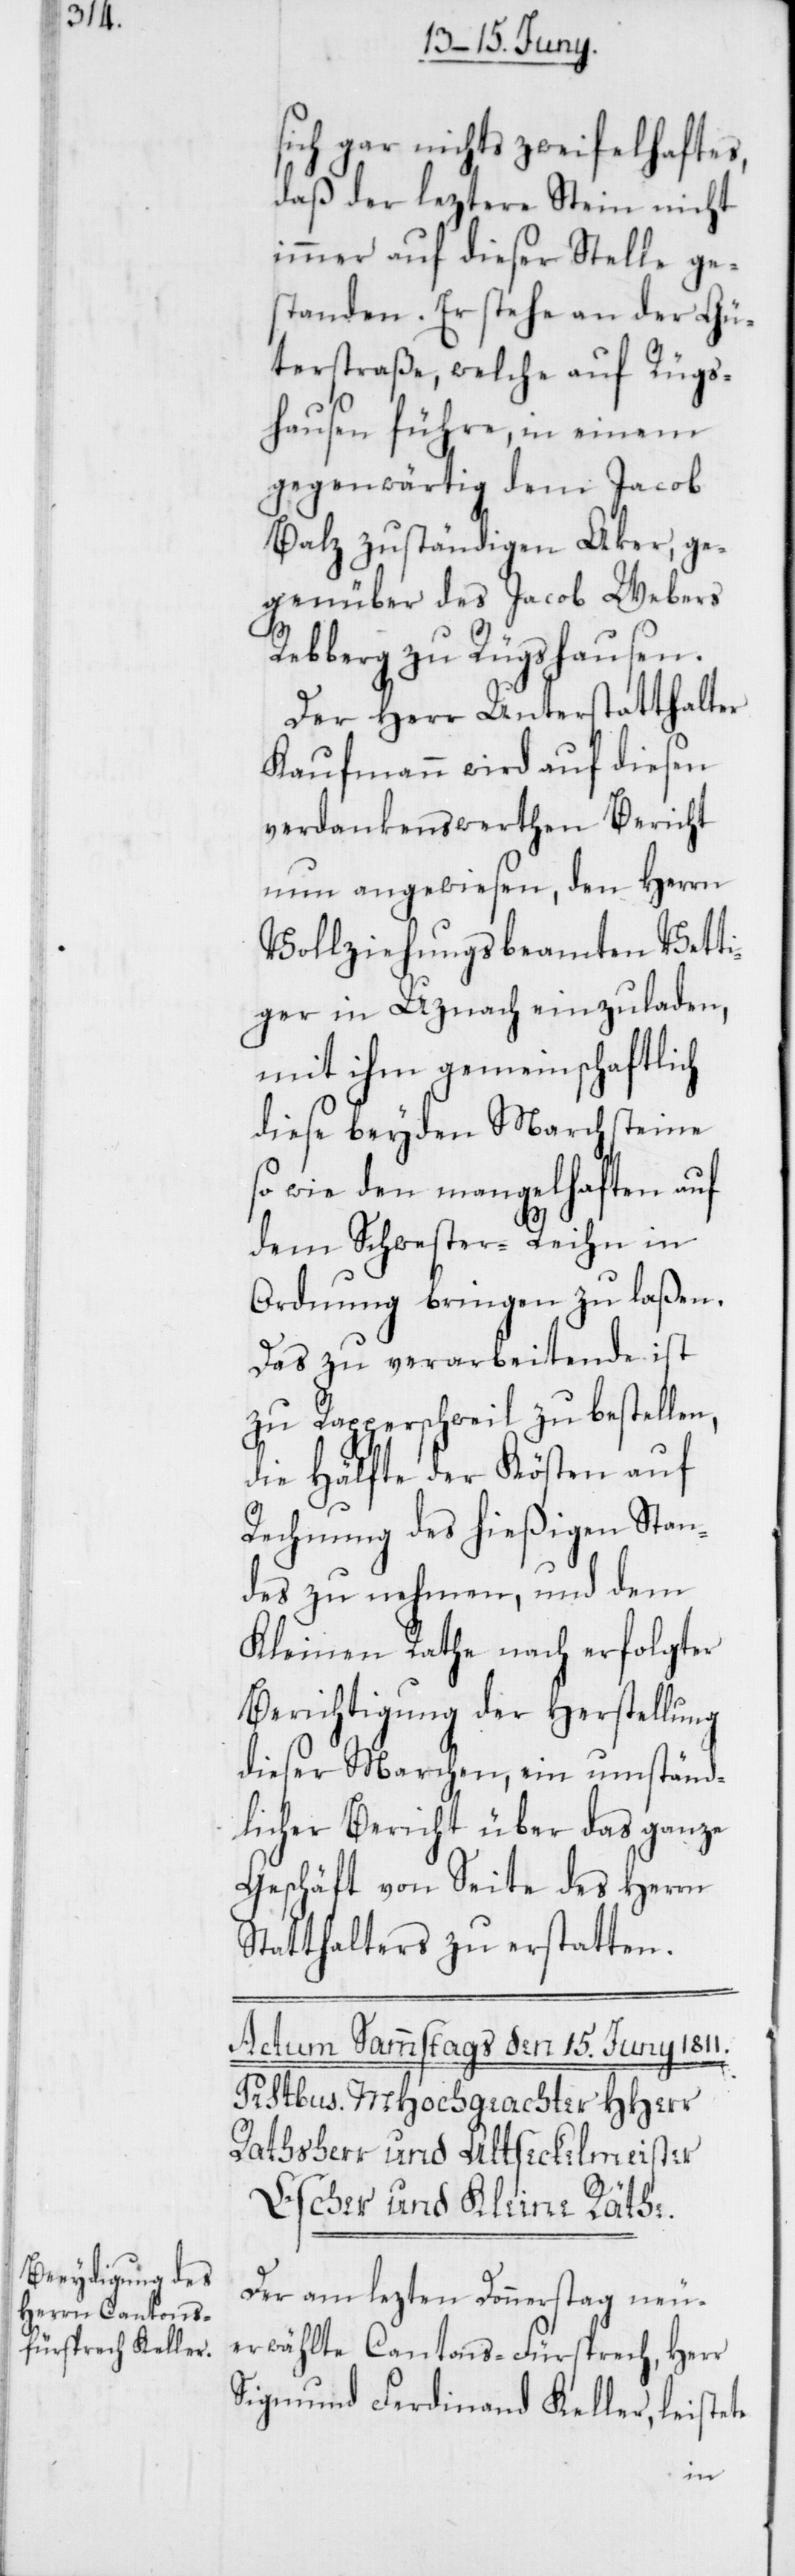
sich gar nichts zweifelhaftes,
daß der leztere Stein nicht
immer auf dieser Stelle ge¬
standen. Er stehe an der Gü¬
terstraße, welche auf Rügs¬
hausen führe, in einem
gegenwärtig dem Jacob
Balz zuständigen Aker, ge¬
genüber des Jacob Webers
Rebberg zu Rügshausen.
Der Herr Unterstatthalter
Kaufmann wird auf diesen
verdankenswerthen Bericht
nun angewiesen, den Herrn
Vollziehungsbeamten Vetti¬
ger in Uznach einzuladen,
mit ihm gemeinschaftlich
diese beyden Marchsteine
so wie den mangelhaften auf
dem Schwester-Reihn in
Ordnung bringen zu laßen.
Das zu verarbeitende ist
zu Rapperschweil zu bestellen,
die Hälfte der Kösten auf
Rechnung des hießigen Stan¬
des zu nehmen, und dem
Kleinen Rathe nach erfolgter
Berichtigung der Herstellung
dieser Marchen, ein umständ¬
licher Bericht über das ganze
Geschäft von Seite des Herrn
Statthalters zu erstatten.
Der am lezten Donnerstag neu¬
erwählte Cantons-Fürsprech, Herr
Sigmund Ferdinand Keller, leistete